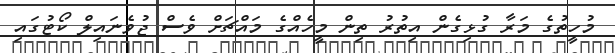
މުހީތުގެ މަރާ ގުޅިގެން އިތުރު ތިން މީހެއްގެ މައްޗަށް ވެސް ޖުވެނައިލް ކޯޓުގައި